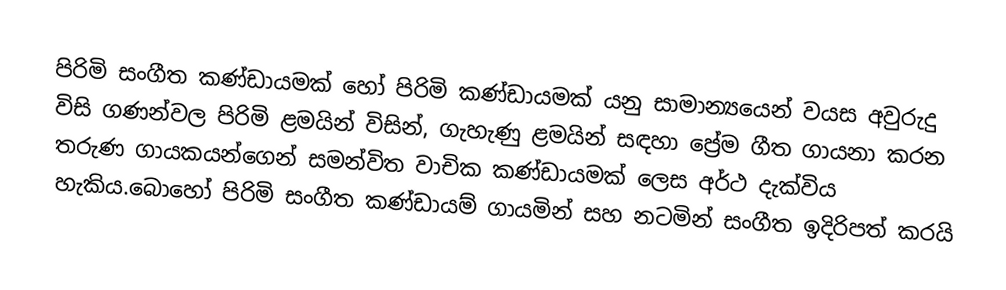
පිරිමි සංගීත කණ්ඩායමක් හෝ පිරිමි කණ්ඩායමක් යනු සාමාන්‍යයෙන් වයස අවුරුදු විසි ගණන්වල පිරිමි ළමයින් විසින්, ගැහැණු ළමයින් සඳහා ප්‍රේම ගීත ගායනා කරන තරුණ ගායකයන්ගෙන් සමන්විත වාචික කණ්ඩායමක් ලෙස අර්ථ දැක්විය හැකිය.බොහෝ පිරිමි සංගීත කණ්ඩායම් ගායමින් සහ නටමින් සංගීත ඉදිරිපත් කරයි